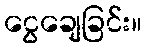
ငွေချေခြင်း။